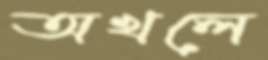
অখলে